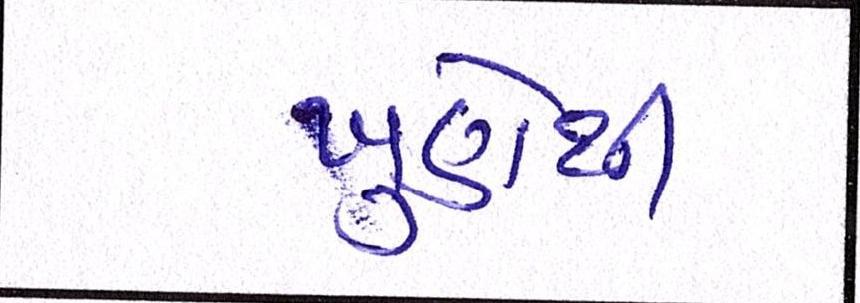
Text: ખુણેથી